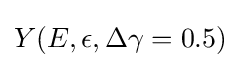
Y(E,\epsilon ,\Delta \gamma =0.5)